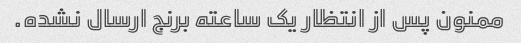
ممنون پس از انتظار یک ساعته برنج ارسال نشده.